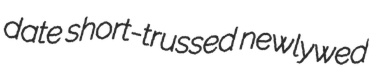
date short-trussed newlywed